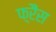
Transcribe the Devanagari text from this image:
फ़्रैंस